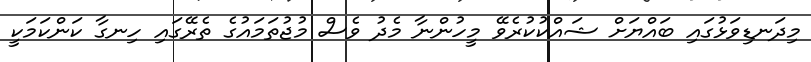
މިދަނޑިވަޅުގައި ބައްޔަށް ޝައްކުކުރެވޭ މީހުންނާ މެދު ވެސް މުޖުތަމައުގެ ތެރޭގައި ހިނގާ ކަންކަމަކީ